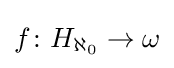
f\colon H_{\aleph _{0}}\to \omega